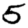
Digit: 5